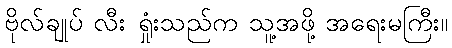
ဗိုလ်ချုပ် လီး ရှုံးသည်က သူ့အဖို့ အရေးမကြီး။